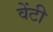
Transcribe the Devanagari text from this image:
वेंटी